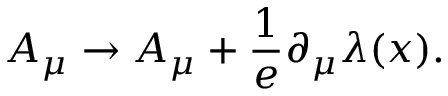
A _ { \mu } \rightarrow A _ { \mu } + \frac { 1 } { e } \partial _ { \mu } \lambda ( x ) .